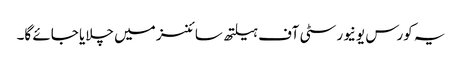
یہ کورس یونیورسٹی آف ہیلتھ سائنسز میں چلایا جائے گا۔